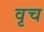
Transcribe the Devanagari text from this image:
वृच